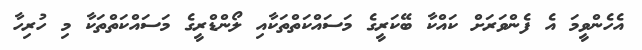
އެހެންވީމަ އެ ފެންވަރަށް ކައްކާ ބޭކަރީގެ މަސައްކަތްތަކާއި ލޯންޑްރީގެ މަސައްކަތްތަކާ މި ހުރިހާ